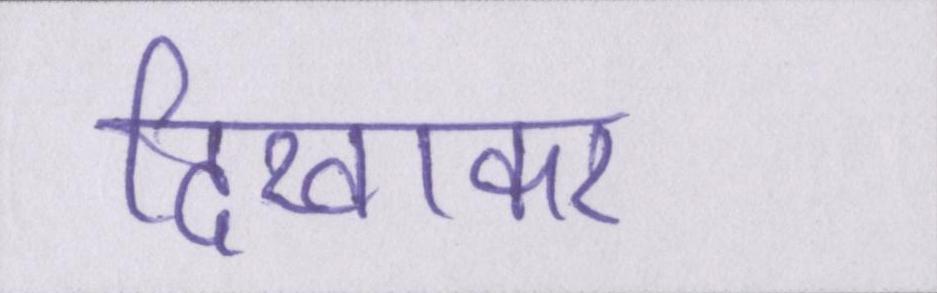
दिखाकर